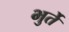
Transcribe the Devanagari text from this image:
भुर्ते